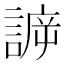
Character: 𧩯